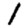
Digit: 1